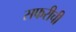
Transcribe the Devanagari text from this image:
सफरीची